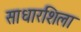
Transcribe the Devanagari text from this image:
साधारशिला